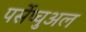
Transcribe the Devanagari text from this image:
पर्सेप्चुअल